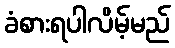
ခံစားရပါလိမ့်မည်